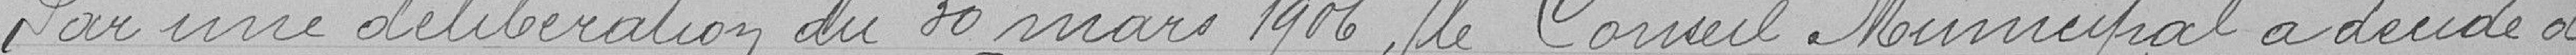
Par une délibération du 30 mars 1906, le Conseil Municipal a déclaré de